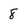
Character: 8